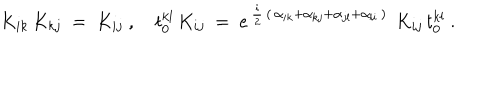
K _ { i k } \, K _ { k j } ~ = ~ K _ { i j } ~ , ~ t _ { 0 } ^ { k l } \, K _ { i j } ~ = ~ e ^ { \, { \frac { i } { 2 } } \, ( \, \alpha _ { i k } + \alpha _ { k j } + \alpha _ { j l } + \alpha _ { l i } \, ) \, } ~ K _ { i j } \, t _ { 0 } ^ { k l } ~ .